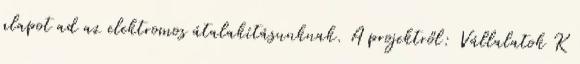
alapot ad az elektromos átalakításunknak. A projektről: Vállalatok K